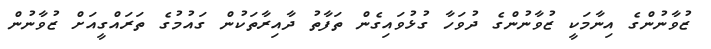
ޒުވާނުންގެ އިނާމަކީ ޒުވާނުންގެ ދުވަހާ ގުޅުވައިގެން ތަފާތު ދާއިރާތަކުން ގައުމުގެ ތަރައްގީއަށް ޒުވާނުން